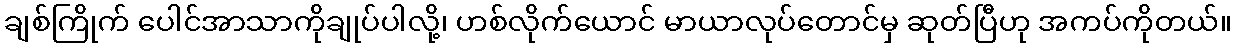
ချစ်ကြိုက် ပေါင်အာသာကိုချုပ်ပါလို့၊ ဟစ်လိုက်ယောင် မာယာလုပ်တောင်မှ ဆုတ်ပြီဟု အကပ်ကိုတယ်။